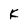
Character: K